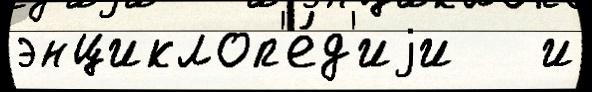
энциклоп'е́д'иjи   и